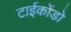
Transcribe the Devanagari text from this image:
टाईकोंडो